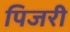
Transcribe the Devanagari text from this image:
पिजरी